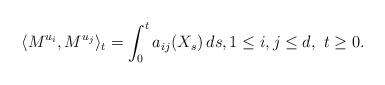
LaTeX: \begin{align*}\langle M^{u_i}, M^{u_j} \rangle_t = \int_0^t a_{ij}(X_s) \, ds, 1 \le i,j \le d, \ t \ge 0.\end{align*}